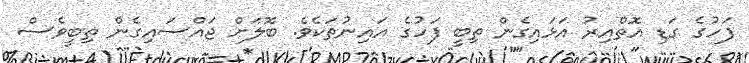
ފަހުގެ ގަޑި އޮތްއިރު އަޅައިގެން ތިބީ ފަހުގެ އައިނުތަކެވެ. ބޮލަށް ޖައްސައިގެން ތިބީވެސް